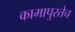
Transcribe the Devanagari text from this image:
कामापुरतेच